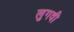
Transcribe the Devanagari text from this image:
लुगवी